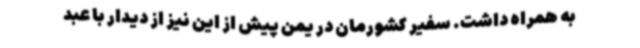
به همراه داشت. سفیر کشورمان در یمن پیش از این نیز از دیدار با عبد